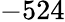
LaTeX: -524